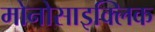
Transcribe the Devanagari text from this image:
मोनोसाइक्लिक